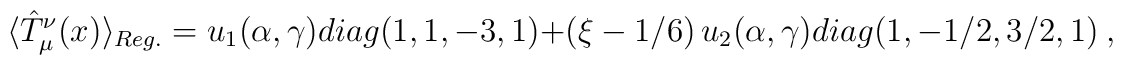
\langle\hat{T}_\mu^\nu(x)\rangle_{Reg.}=u_1(\alpha,\gamma)diag(1,1,-3,1)+\left(\xi-1/6\right)u_2(\alpha,\gamma)diag(1,-1/2,3/2,1) \ ,